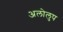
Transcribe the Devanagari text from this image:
अलोलुप